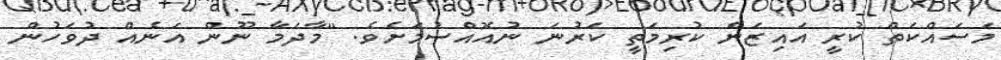
މަސައްކަތް ކުރީ އައިޒަން ކުރިމަތީ ކަރުނަ ނުއޮއްސުމަށެވެ. "މާދަމާ ނޫން އަނެއް ދުވަހުން